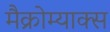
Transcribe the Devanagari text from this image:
मैक्रोम्याक्स